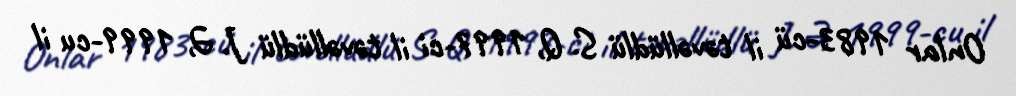
Onlar 1983-cü il təvəllüdlü S. Q, 1997-ci il təvəllüdlü J. Ə, 1999-cu il